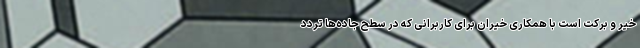
خیر و برکت است با همکاری خیران برای کاربرانی که در سطح جاده‌ها تردد